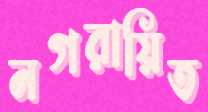
নগরায়িত